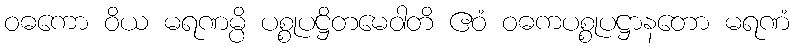
ဝဓကော ဝိယ မရဏမ္ပိ ပစ္စုပဋ္ဌိတမေဝါတိ ဧဝံ ဝဓကပစ္စုပဋ္ဌာနတော မရဏံ